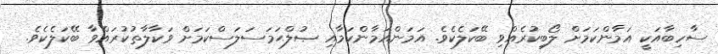
ސާހިބާއަކީ އަމާންކަމަށް ލޯބިކުރެއްވި ބޭކަލެކެވެ. އަމަންއަމާންކަމާއި ޞުލްޙަމަސަލަސްކަމަށް ވަކާލާތުކުރައްވާ ބޭކަލެކެވެ.